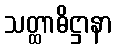
သတ္ထာဓိဋ္ဌာနာ